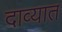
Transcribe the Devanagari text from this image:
दाव्यात